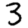
Digit: 3